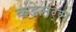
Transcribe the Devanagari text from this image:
कंडेंसर्स